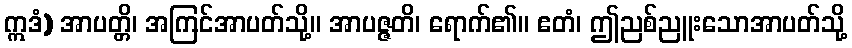
ဣဒံ) အာပတ္တိ၊ အကြင်အာပတ်သို့။ အာပဇ္ဇတိ၊ ရောက်၏။ ဧတံ၊ ဤညစ်ညူးသောအာပတ်သို့